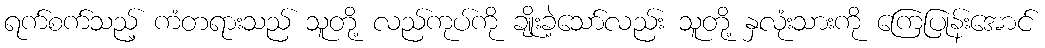
ရက်စက်သည့် ကံတရားသည် သူတို့ လည်ကုပ်ကို ချိုးခဲ့သော်လည်း သူတို့ နှလုံးသားကို ကြေပြုန်းအောင်